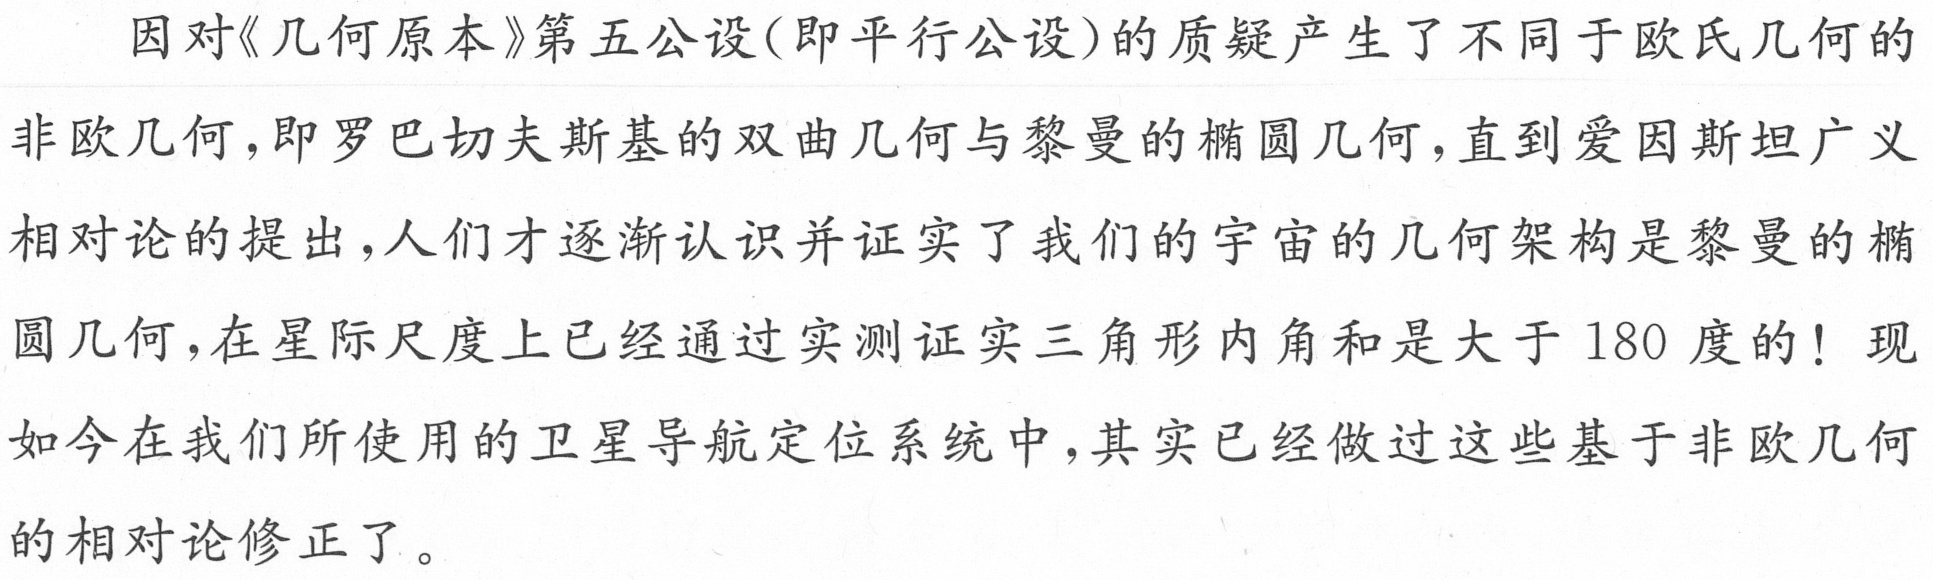
因对《几何原本》第五公设(即平行公设)的质疑产生了不同于欧氏几何的
非欧几何，即罗巴切夫斯基的双曲几何与黎曼的椭圆几何，直到爱因斯坦广义
相对论的提出，人们才逐渐认识并证实了我们的宇宙的几何架构是黎曼的椭
圆几何，在星际尺度上已经通过实测证实三角形内角和是大于 180 度的！现
如今在我们所使用的卫星导航定位系统中，其实已经做过这些基于非欧几何
的相对论修正了。